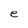
Character: e